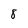
Character: 8